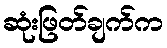
ဆုံးဖြတ်ချက်က